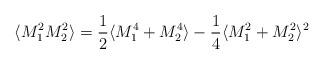
LaTeX: \begin{align*}\langle M_1^2 M_2^2 \rangle = \frac{1}{2} \langle M_1^4 + M_2^4\rangle - \frac{1}{4} \langle M_1^2 + M_2^2 \rangle^{2} \end{align*}